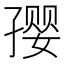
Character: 𪧀